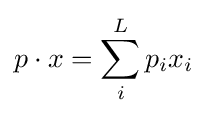
p\cdot x=\sum _{i}^{L}p_{i}x_{i}